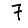
Digit: 7